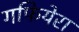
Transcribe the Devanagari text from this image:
गफियेरा